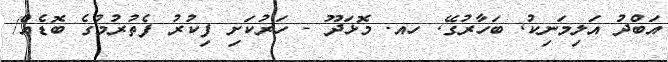
އަބްދު އަލިމަނިކު